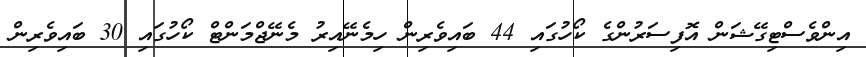
އިންވެސްޓިގޭޝަން އޮފިސަރުންގެ ކޯހުގައި 44 ބައިވެރިން ހިމެނޭއިރު މެނޭޖްމަންޓް ކޯހުގައި 30 ބައިވެރިން